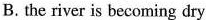
B. the river is becoming dry